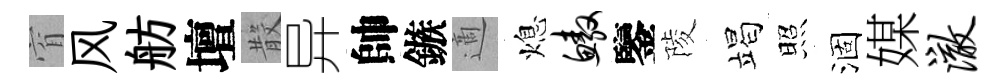
窅风舫壇𣪚异帥鏃適熄鳌鑒陵竭照涸媒澈